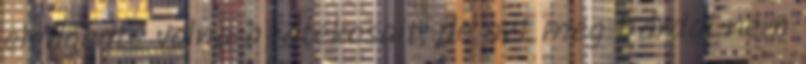
elengedte volna a játékosait, de azt meg Dárdai nem